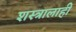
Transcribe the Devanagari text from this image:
शस्त्रालाही